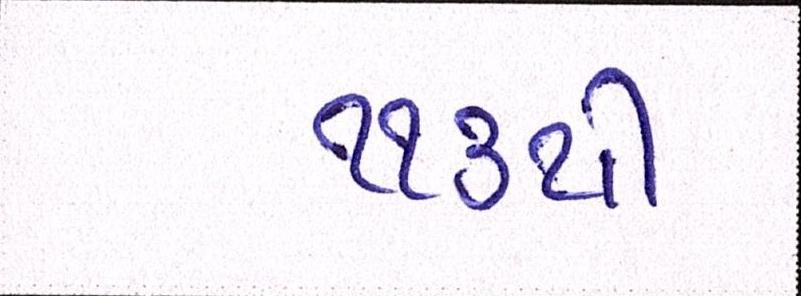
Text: ૧૧૩થી